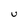
Character: U